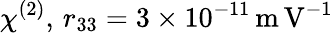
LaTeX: \chi^{(2)},\, r_{33}=3\times 10^{-11}\mathrm{\, m\, V^{-1}}